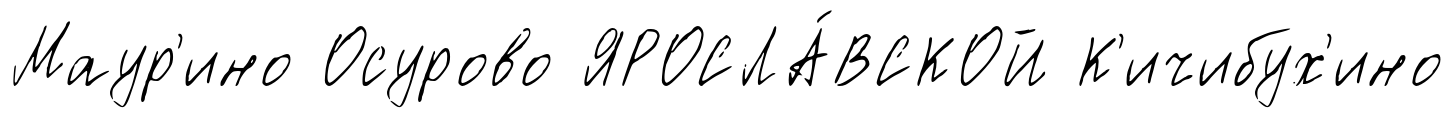
Маур'ино Осурово ЯРОСЛА́ВСКОЙ К'ичибух'ино